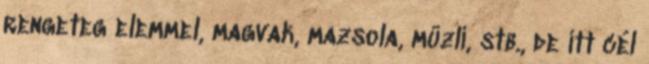
rengeteg elemmel, magvak, mazsola, müzli, stb., de itt cél